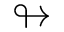
\looparrowright